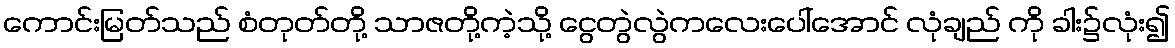
ကောင်းမြတ်သည် စံတုတ်တို့ သာဇတို့ကဲ့သို့ ငွေတွဲလွဲကလေးပေါ်အောင် လုံချည် ကို ခါး၌လုံး၍